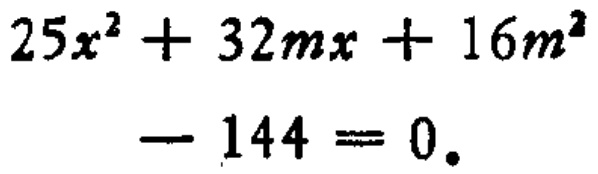
$25x^{2}+32mx + 16m^{2}-144 = 0.$